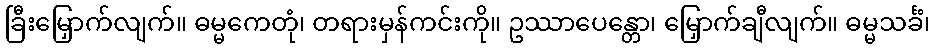
ခြီးမြှောက်လျက်။ ဓမ္မကေတုံ၊ တရားမှန်ကင်းကို။ ဥဿာပေန္တော၊ မြှောက်ချီလျက်။ ဓမ္မသင်္ခံ၊